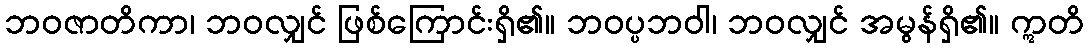
ဘဝဇာတိကာ၊ ဘဝလျှင် ဖြစ်ကြောင်းရှိ၏။ ဘဝပ္ပဘဝါ၊ ဘဝလျှင် အမွန်ရှိ၏။ ဣတိ